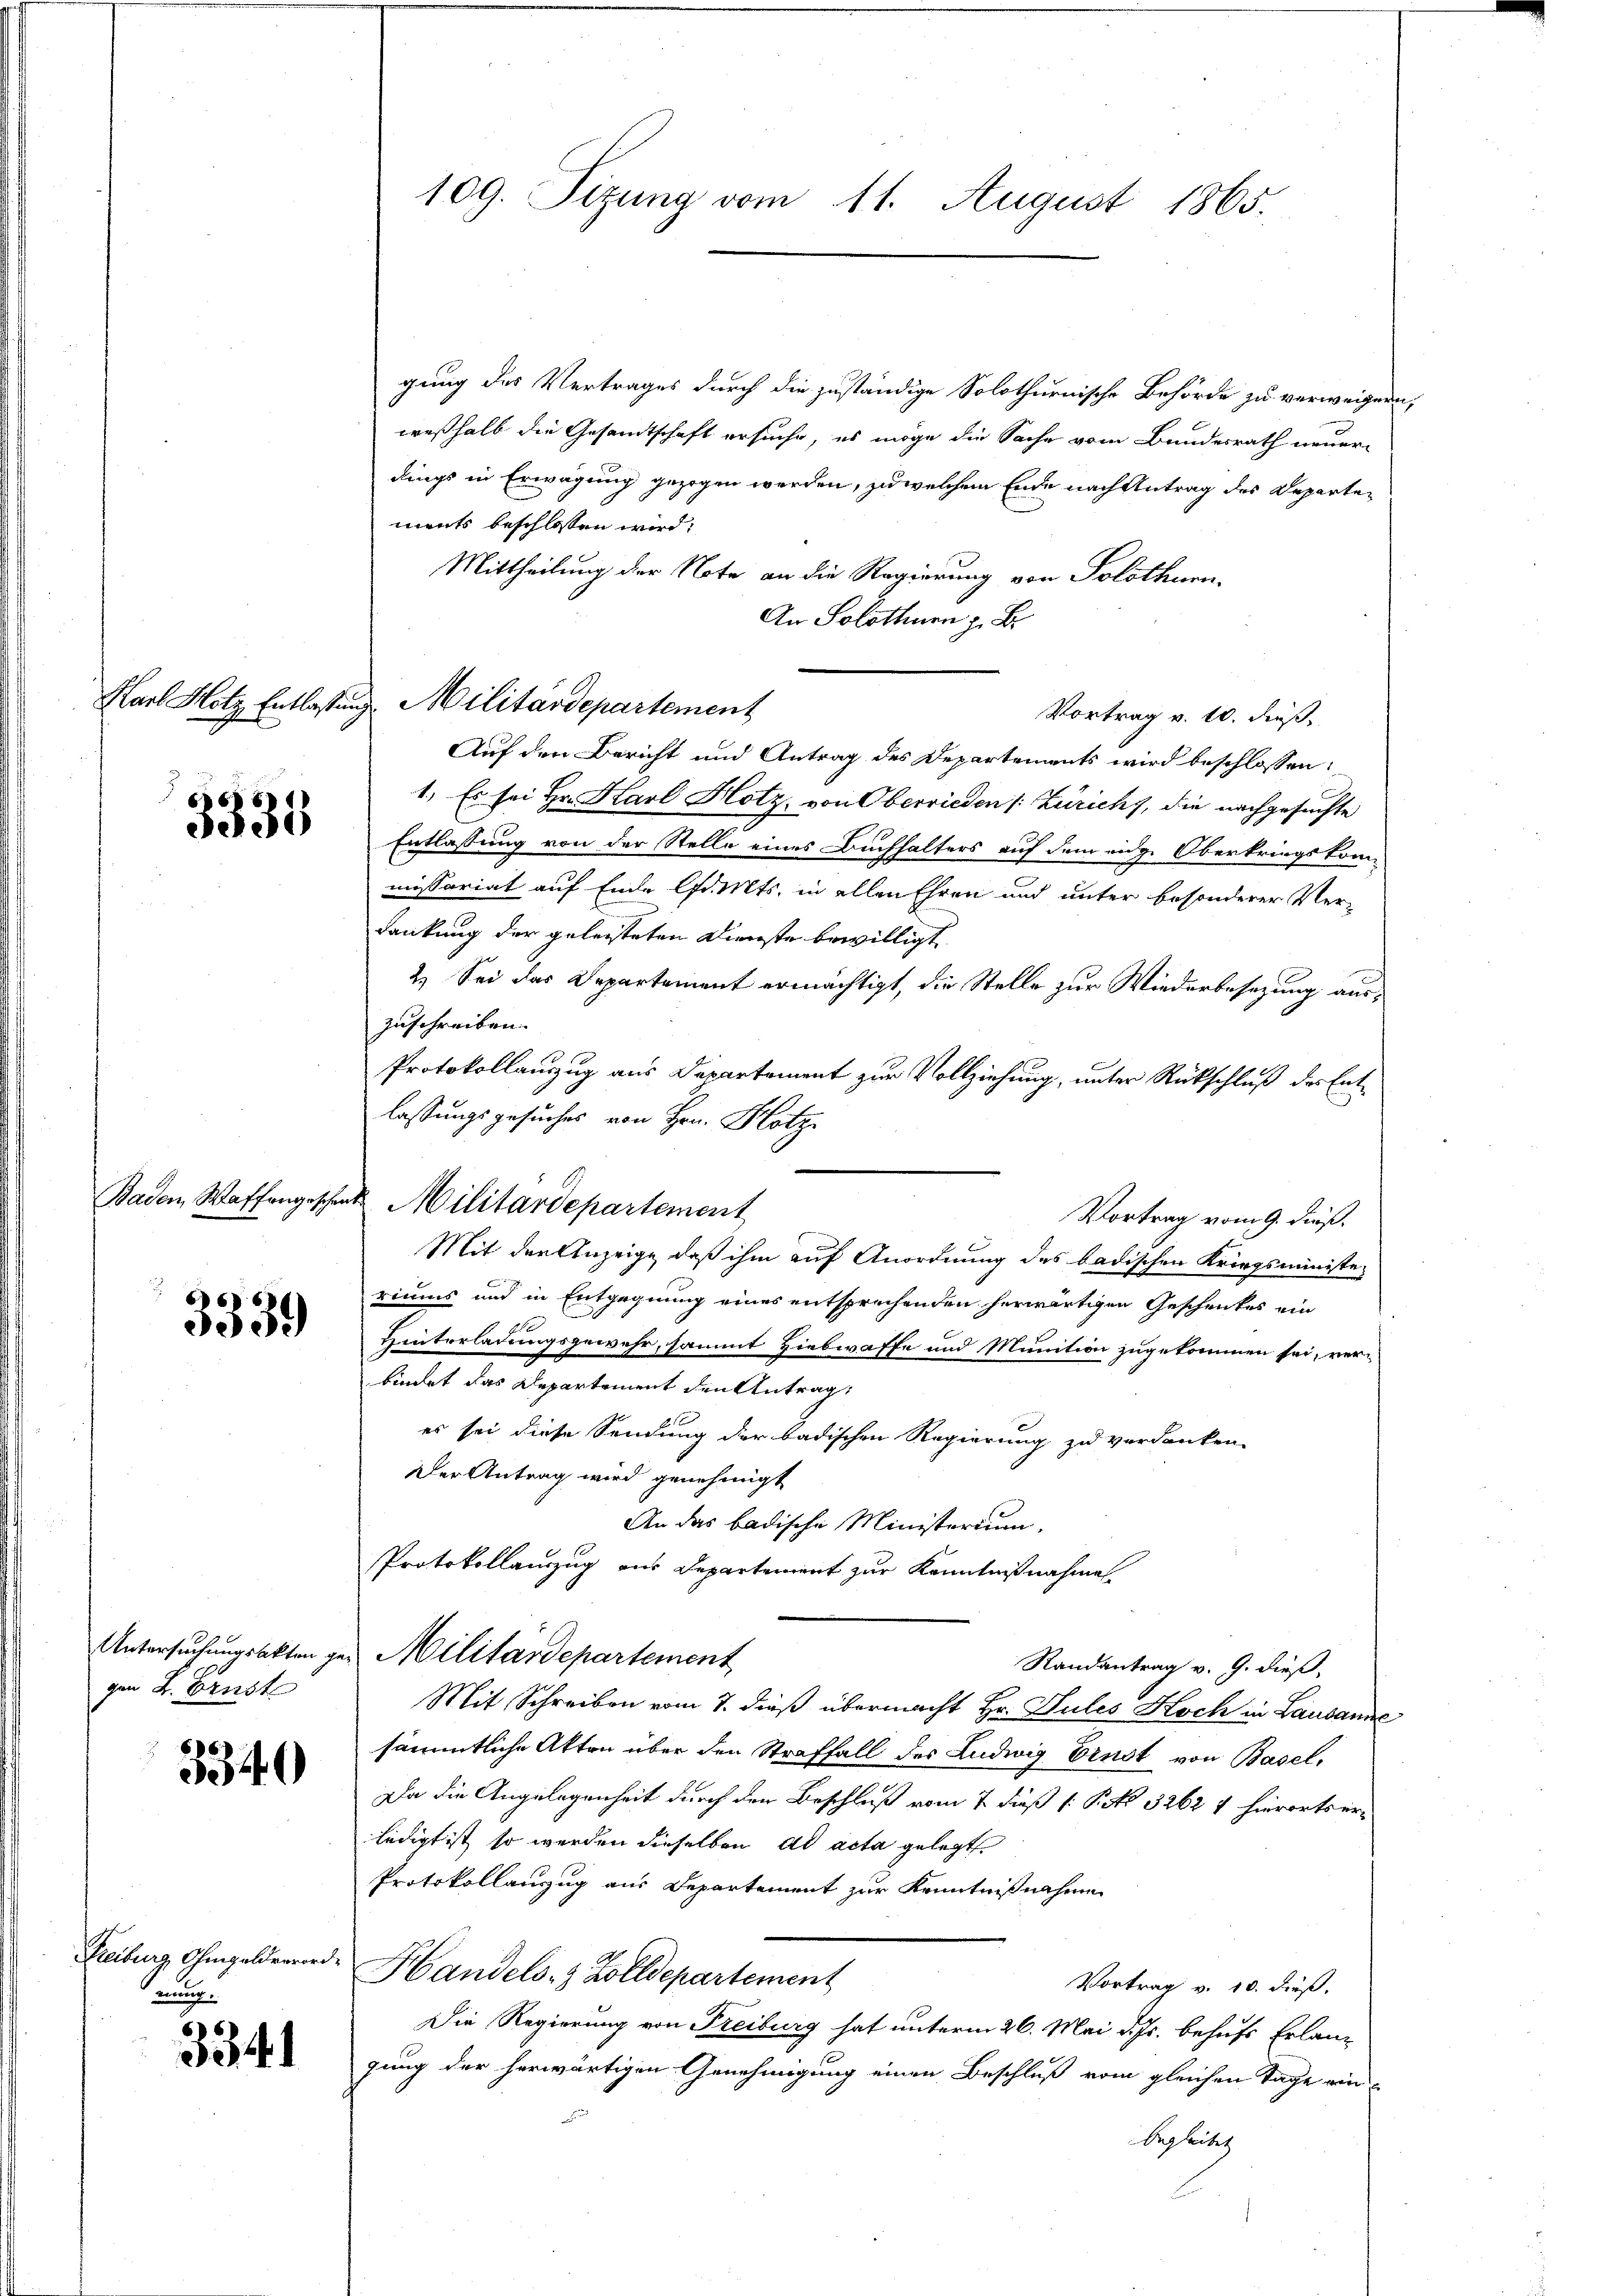
6
3335

Baden, Waffengeschen

666
3059

Untersuchungsakten gegen L. Brust

3340

Freiburg, Ohmgeldervor
nung.

3341

109. Sizung vom 11. August 1865.

gung des Vertrages durch die zuständige Solothurnische Behörde zu verweigern
weßhalb die Gesandtschaft ersuche, es möge die Sache vom Bundesrath neuer-
dings in Erwägung gezogen werden, zu welchem Ende nach Antrag des Departements beschlossen wird:
Mittheilung der Note an die Regierung von Solothurn,
An Solothurn z. B.
Vortrag v. 10. dieß,
Auf den Bericht und Antrag des Departements wird beschlossen:
1.) Es sei Hr. Karl Hotz, von Oberrieden (Zürich, die nachgesuchte
Entlassung von der Stelle eines Buchhalters auf dem eidge Oberkriegskommissariat auf Ende lfd. Mts. in allen Ehren und unter besonderer Ver-
dankung der geleisteten Dienste bewilligt.
2.) Sei das Departement ermächtigt, die Stelle zur Wiederbesezung auszuschreiben. |
Protokollauszug aus Departement zur Vollziehung, unter Rückschluß des Entlassungsgesuches von Hrn. Hotz
Vortrag vom 9. dieß.
Mit der Anzeige, daß ihm auf Anordnung des badischen Kriegsminister
riums und in Entgegnung eines entsprechenden herwärtigen Geschenkes ein
Hinterladungsgewehr, sammt Hiebwaffe und Munition zugekommen sei, verbindet das Departement den Antrag,
es sei diese Sendung der badischen Regierung zu verdanken-
Der Antrag wird genehmigt
An das badische Ministerium,
Protokollauszug aus Departement zur Kenntnißnahmen
Militärdepartement
Randantrag v. 9. dieß,
Mit Schreiben vom 7. dieß übermacht Hr. Sules Hoch in Lausanne
sämmtliche Akten über den Straffall des Ludwig Ernst von Basel,
Da die Angelegenheit durch den Beschluß vom 2 dieß (: P. Nr. 3262 st hierortserledigt ist, so werden dieselben ad acta gelegt
Protokollauszug aus Departement zur Kenntnißnahme
Handels- & Zolldepartement
Vortrag v. 10. dieß.
Die Regierung von Freiburg hat unterm 26. Mai d. Js. behufs Erlang
gung der herwärtigen Genehmigung einen Beschluß vom gleichen Tage ein
begleitet
E

Karl Hotz Entlassung. Militärdepartement

u Militärdepartement